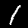
Digit: 1